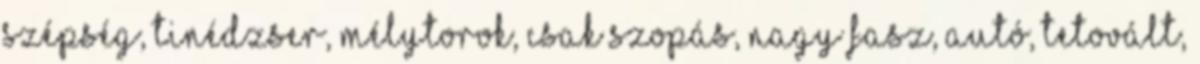
szépség, tinédzser, mélytorok, csak szopás, nagy fasz, autó, tetovált,